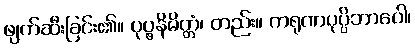
ဖျက်ဆီးခြင်း၏။ ပုပ္ဖနိမိတ္တံ၊ တည်း။ ကရုဏပုပ္ပိဘာဝေါ၊